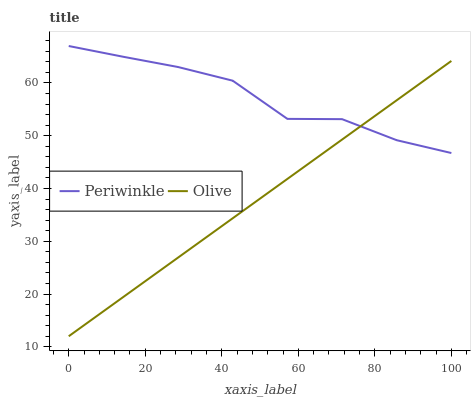
| xaxis_label | Periwinkle | Olive |
 | --- | --- | --- |
 | 0 | 67 | 12 |
 | 14.3 | 65 | 19.5 |
 | 28.6 | 63 | 26.9 |
 | 42.9 | 60.4 | 34.4 |
 | 57.1 | 53.2 | 41.8 |
 | 71.4 | 53.1 | 49.3 |
 | 85.7 | 49.2 | 56.7 |
 | 100 | 46.7 | 64.2 |